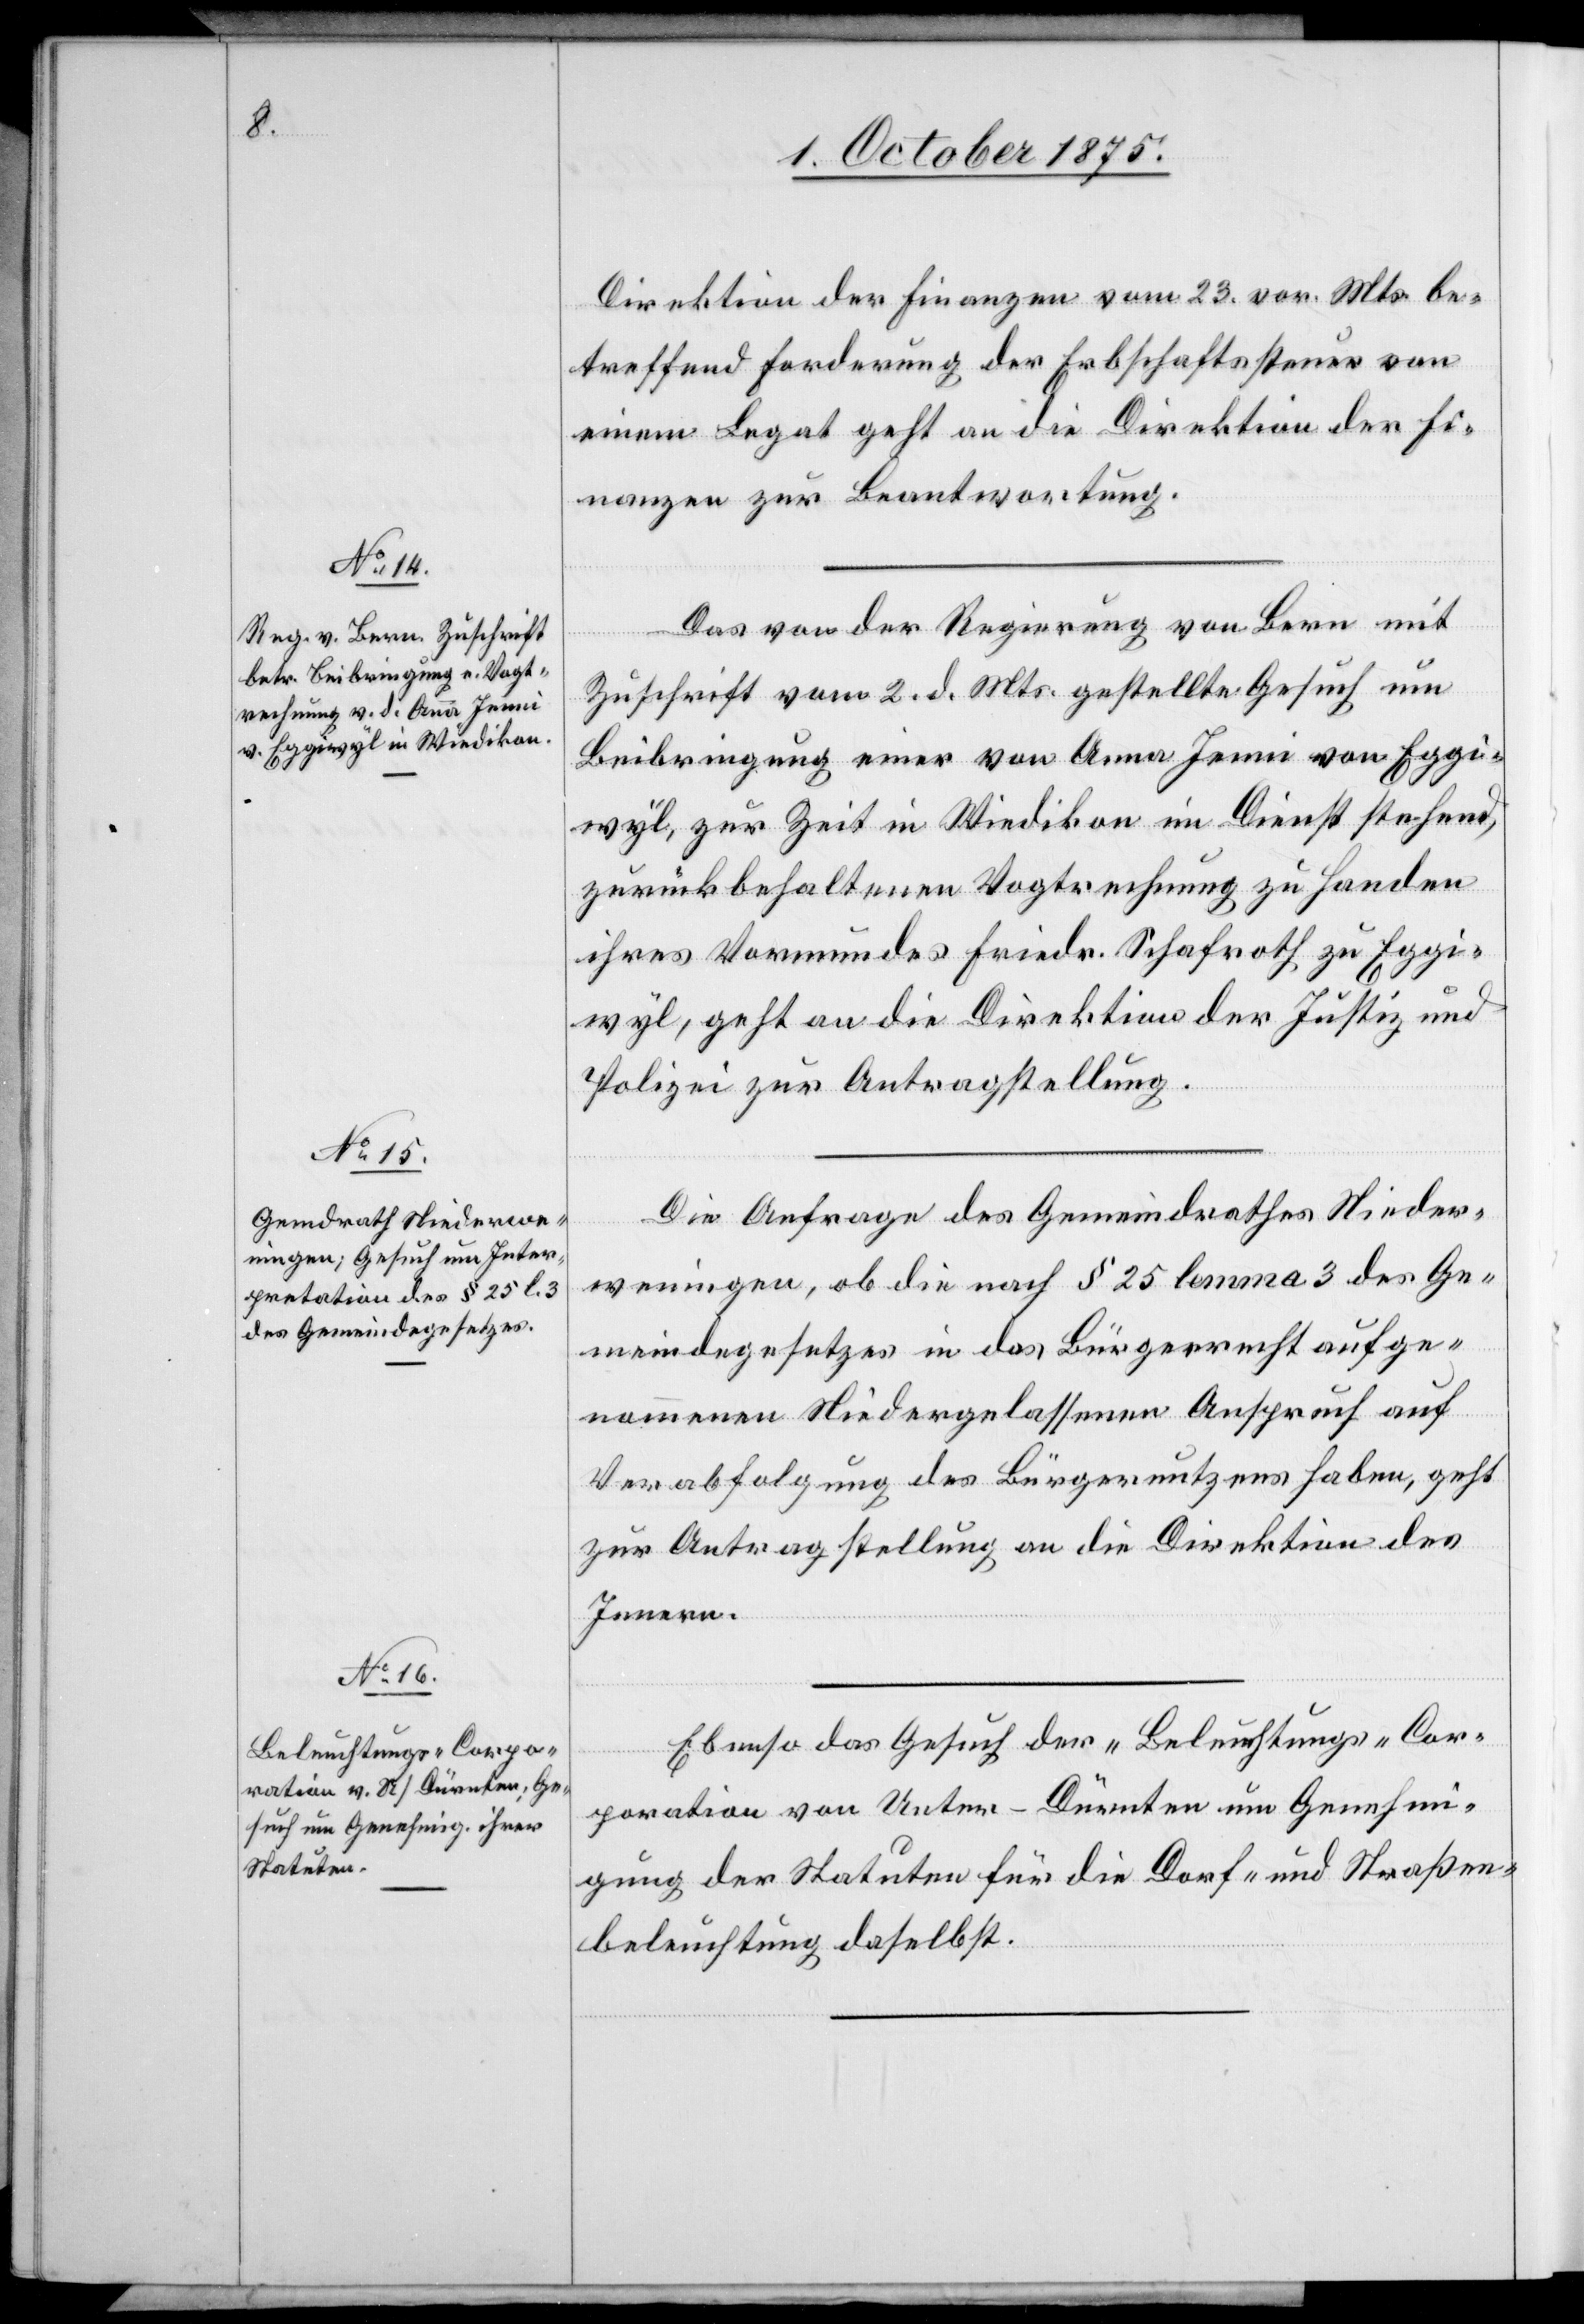
5. October 1875.]
Das von der Regierung von Bern mit
Zuschrift vom 2. d. Mts. gestellte Gesuch um
Beibringung einer von Anna Jenni von Eggi¬
wyl, zur Zeit in Wiedikon in Dienst stehend,
zurückbehaltenen Vogtrechnung zu Handen
ihres Vormundes Friedr. Schafroth zu Eggi¬
wyl, geht an die Direktion der Justiz und
Polizei zur Antragstellung.
Die Anfrage des Gemeindrathes Nieder¬
weningen, ob die nach § 25 lemma 3 des Ge¬
meindegesetzes in das Bürgerrecht aufge¬
nommenen Niedergelassenen Anspruch auf
Verabfolgung des Bürgernutzens haben, geht
zur Antragstellung an die Direktion des
Innern.
Ebenso das Gesuch der „Beleuchtungs-Cor¬
poration[“] von Unter-Dürnten um Genehmi¬
gung der Statuten für die Dorf- und Straßen¬
beleuchtung daselbst.